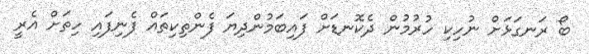
ބޯ ރަނގަޅަށް ނުހިކި ހުރުމުން ދެކޮނޑަށް ފައިބަމުންދިޔަ ފެންތިކިތައް ފެނިފައި ހިތަށް އެރީ